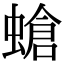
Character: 螥